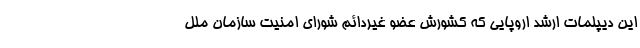
این دیپلمات ارشد اروپایی که کشورش عضو غیردائم شورای امنیت سازمان ملل